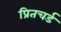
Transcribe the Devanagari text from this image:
प्रितचर्ड